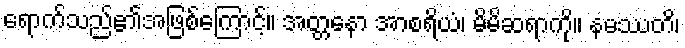
ရောက်သည်၏အဖြစ်ကြောင့်။ အတ္တနော အာစရိယံ၊ မိမိဆရာကို။ နမဿတိ၊